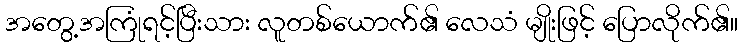
အတွေ့အကြုံရင့်ပြီးသား လူတစ်ယောက်၏ လေသံ မျိုးဖြင့် ပြောလိုက်၏။